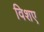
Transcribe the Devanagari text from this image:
विशए